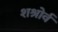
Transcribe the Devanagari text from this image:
शश्रोर्व